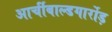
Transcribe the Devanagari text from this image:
आर्चीबाल्डगार्रोड़